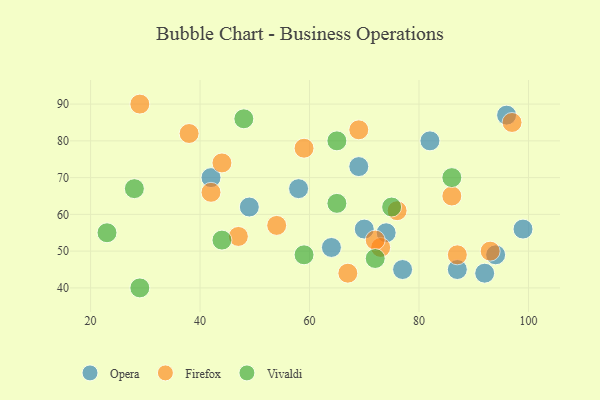
{"axis": {"x": "GDP", "y": "Life Expectancy"}, "legend": ["Firefox", "Opera", "Vivaldi"], "data": [{"x": "94", "y": 49, "type": "Opera"}, {"x": "69", "y": 73, "type": "Opera"}, {"x": "99", "y": 56, "type": "Opera"}, {"x": "64", "y": 51, "type": "Opera"}, {"x": "92", "y": 44, "type": "Opera"}, {"x": "96", "y": 87, "type": "Opera"}, {"x": "58", "y": 67, "type": "Opera"}, {"x": "49", "y": 62, "type": "Opera"}, {"x": "77", "y": 45, "type": "Opera"}, {"x": "74", "y": 55, "type": "Opera"}, {"x": "42", "y": 70, "type": "Opera"}, {"x": "87", "y": 45, "type": "Opera"}, {"x": "82", "y": 80, "type": "Opera"}, {"x": "70", "y": 56, "type": "Opera"}, {"x": "67", "y": 44, "type": "Firefox"}, {"x": "69", "y": 83, "type": "Firefox"}, {"x": "97", "y": 85, "type": "Firefox"}, {"x": "44", "y": 74, "type": "Firefox"}, {"x": "86", "y": 65, "type": "Firefox"}, {"x": "76", "y": 61, "type": "Firefox"}, {"x": "47", "y": 54, "type": "Firefox"}, {"x": "87", "y": 49, "type": "Firefox"}, {"x": "59", "y": 78, "type": "Firefox"}, {"x": "38", "y": 82, "type": "Firefox"}, {"x": "73", "y": 51, "type": "Firefox"}, {"x": "42", "y": 66, "type": "Firefox"}, {"x": "54", "y": 57, "type": "Firefox"}, {"x": "93", "y": 50, "type": "Firefox"}, {"x": "72", "y": 53, "type": "Firefox"}, {"x": "29", "y": 90, "type": "Firefox"}, {"x": "65", "y": 63, "type": "Vivaldi"}, {"x": "29", "y": 40, "type": "Vivaldi"}, {"x": "65", "y": 80, "type": "Vivaldi"}, {"x": "23", "y": 55, "type": "Vivaldi"}, {"x": "48", "y": 86, "type": "Vivaldi"}, {"x": "75", "y": 62, "type": "Vivaldi"}, {"x": "59", "y": 49, "type": "Vivaldi"}, {"x": "86", "y": 70, "type": "Vivaldi"}, {"x": "28", "y": 67, "type": "Vivaldi"}, {"x": "44", "y": 53, "type": "Vivaldi"}, {"x": "72", "y": 48, "type": "Vivaldi"}]}